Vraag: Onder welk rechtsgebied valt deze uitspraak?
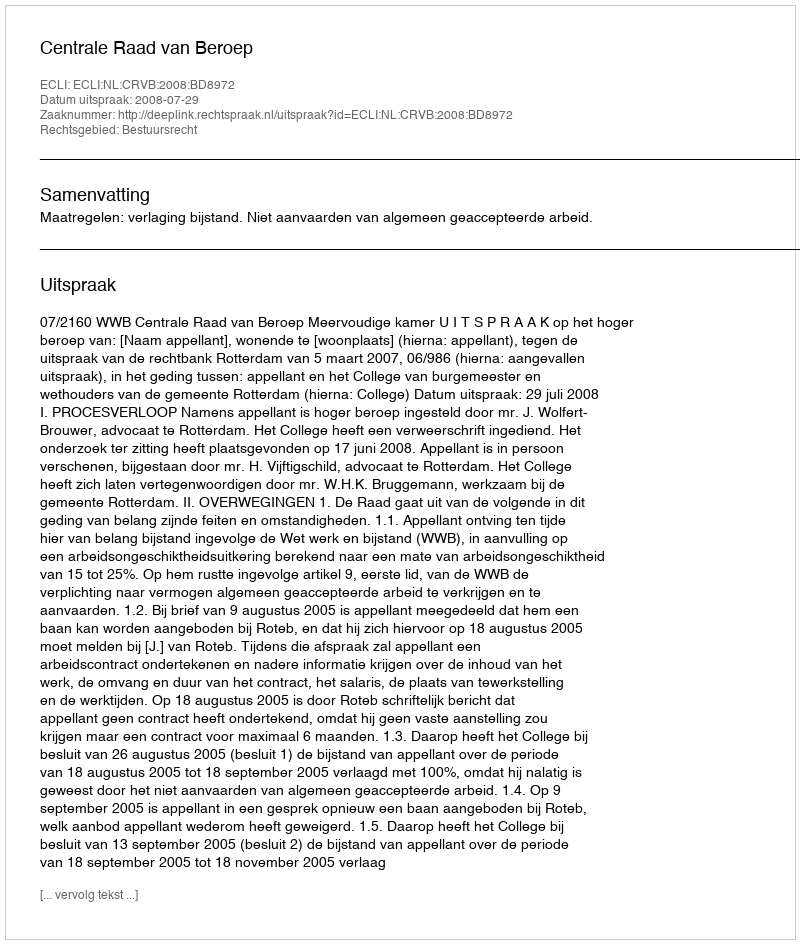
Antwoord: Bestuursrecht